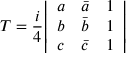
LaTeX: T = { \frac { i } { 4 } } { \left| \begin{array} { l l l } { a } & { { \bar { a } } } & { 1 } \\ { b } & { { \bar { b } } } & { 1 } \\ { c } & { { \bar { c } } } & { 1 } \end{array} \right| }